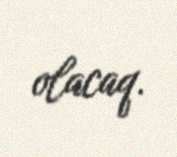
olacaq.